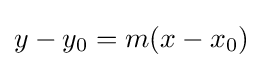
y-y_{0}=m(x-x_{0})